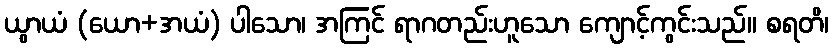
ယွာယံ (ယော+အယံ) ပါသော၊ အကြင် ရာဂတည်းဟူသော ကျောင့်ကွင်းသည်။ စရတိ၊